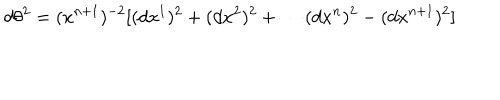
LaTeX: d \theta ^ { 2 } = ( x ^ { n + 1 } ) ^ { - 2 } [ ( d x ^ { 1 } ) ^ { 2 } + ( d x ^ { 2 } ) ^ { 2 } + \cdots ( d x ^ { n } ) ^ { 2 } - ( d x ^ { n + 1 } ) ^ { 2 } ]